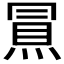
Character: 𰟀